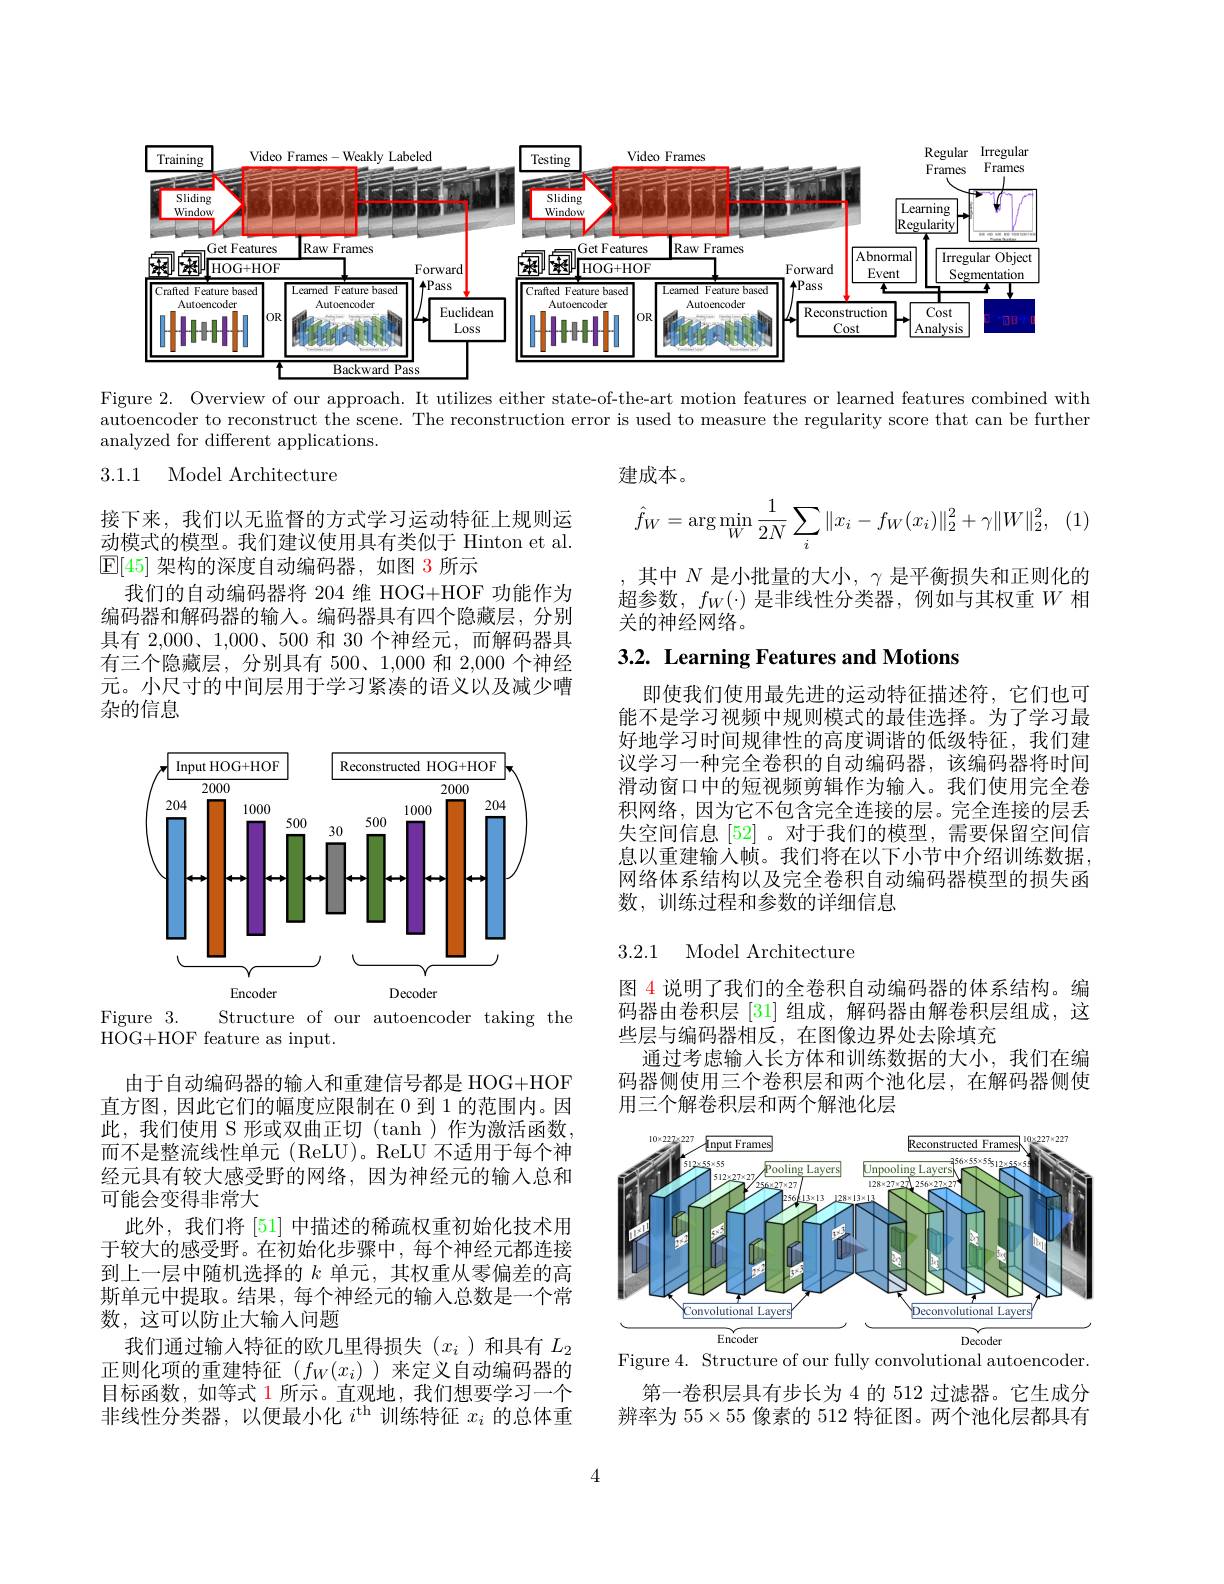
<FigureHere>

Figure 2. Overview of our approach. It utilizes either state-of-the-art motion features or learned features combined with autoencoder to reconstruct the scene. The reconstruction error is used to measure the regularity score that can be further analyzed for different applications.

3.1.1 Model Architecture

建成本。
$$\hat{f}_{W}=\arg\min_{W}\frac{1}{2N}\sum_{i}\|x_{i}-f_{W}(x_{i})\|_{2}^{2}+\gamma\|W\|_{2}^{2},$$
其中$N$是小批量的大小$,\gamma$是平衡损失和正则化的超参数，$f_W(\cdot)$是非线性分类器，例如与其权重$W$相关的神经网络。

接下来，我们以无监督的方式学习运动特征上规则运动模式的模型。我们建议使用具有类似于 Hinton et al. $\mathbb{E}[45]$架构的深度自动编码器，如图 3 所示
我们的自动编码器将 204 维 HOG+HOF 功能作为编码器和解码器的输入。编码器具有四个隐藏层，分别具有 2,000、1,000、500 和 30 个神经元，而解码器具有三个隐藏层，分别具有 500、1,000 和 2,000 个神经元。小尺寸的中间层用于学习紧凑的语义以及减少嘈杂的信息

# 3.2. Learning Features and Motions

即使我们使用最先进的运动特征描述符，它们也可能不是学习视频中规则模式的最佳选择。为了学习最好地学习时间规律性的高度调谐的低级特征，我们建议学习一种完全卷积的自动编码器，该编码器将时间滑动窗口中的短视频剪辑作为输入。我们使用完全卷积网络，因为它不包含完全连接的层。完全连接的层丢失空间信息[52] 。对于我们的模型，需要保留空间信息以重建输入帧。我们将在以下小节中介绍训练数据， 网络体系结构以及完全卷积自动编码器模型的损失函数，训练过程和参数的详细信息

<FigureHere>
Structure of our autoencoder taking the

3.2.1 Model Architecture

Figure 3.
$\bar{\mathrm{HOG+HOF~feature~as~input.}}$

图 4 说明了我们的全卷积自动编码器的体系结构。编码器由卷积层[31] 组成，解码器由解卷积层组成，这些层与编码器相反，在图像边界处去除填充
通过考虑输人长方体和训练数据的大小，我们在编码器侧使用三个卷积层和两个池化层，在解码器侧使用三个解卷积层和两个解池化层

<FigureHere>

由于自动编码器的输入和重建信号都是 HOG+HOF 直方图，因此它们的幅度应限制在 0 到 1 的范围内。因此，我们使用 S 形或双曲正切 (tanh )作为激活函数， 而不是整流线性单元(ReLU)。ReLU 不适用于每个神经元具有较大感受野的网络，因为神经元的输入总和可能会变得非常大
此外，我们将[51]中描述的稀疏权重初始化技术用于较大的感受野。在初始化步骤中，每个神经元都连接到上一层中随机选择的$k$单元，其权重从零偏差的高斯单元中提取。结果，每个神经元的输入总数是一个常数，这可以防止大输入问题
我们通过输入特征的欧几里得损失($x_i$)和具有$L_2$ 正则化项的重建特征$(f_W(x_i)$ )来定义自动编码器的目标函数，如等式 1 所示。直观地，我们想要学习一个非线性分类器，以便最小化$i^\mathrm{th}$训练特征$x_i$的总体重

Figure 4. Structure of our fully convolutional autoencoder.

第一卷积层具有步长为 4 的 512 过滤器。它生成分辨率为$55\times55$像素的 512 特征图。两个池化层都具有

4